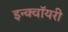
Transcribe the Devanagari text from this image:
इन्क्वॉयरी